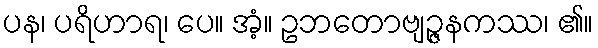
ပန၊ ပရိဟာရ၊ ပေ။ အံ့။ ဥဘတောဗျဉ္ဇနကဿ၊ ၏။